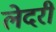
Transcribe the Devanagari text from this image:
लेदरी